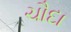
ચૌદા